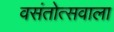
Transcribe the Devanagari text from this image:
वसंतोत्सवाला